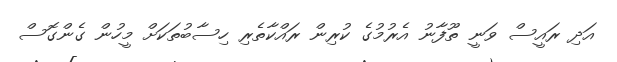
އަދި ރައީސް ވަނީ ތޫފާނު އެރުމުގެ ކުރިން ރައްކާތެރި ހިސާބުތަކަށް މީހުން ގެންގޮސް